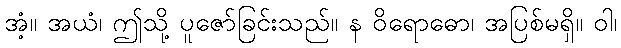
အံ့။ အယံ၊ ဤသို့ ပူဇော်ခြင်းသည်။ န ဝိရောဓော၊ အပြစ်မရှိ။ ဝါ၊